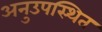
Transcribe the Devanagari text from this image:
अनुउपस्थित